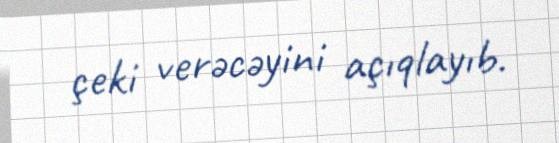
çeki verəcəyini açıqlayıb.